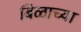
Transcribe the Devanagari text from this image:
बिळाच्या